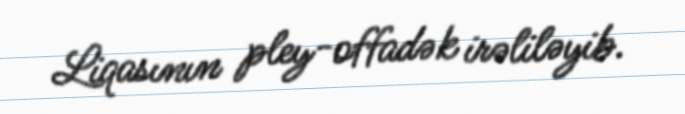
Liqasının pley-offadək irəliləyib.